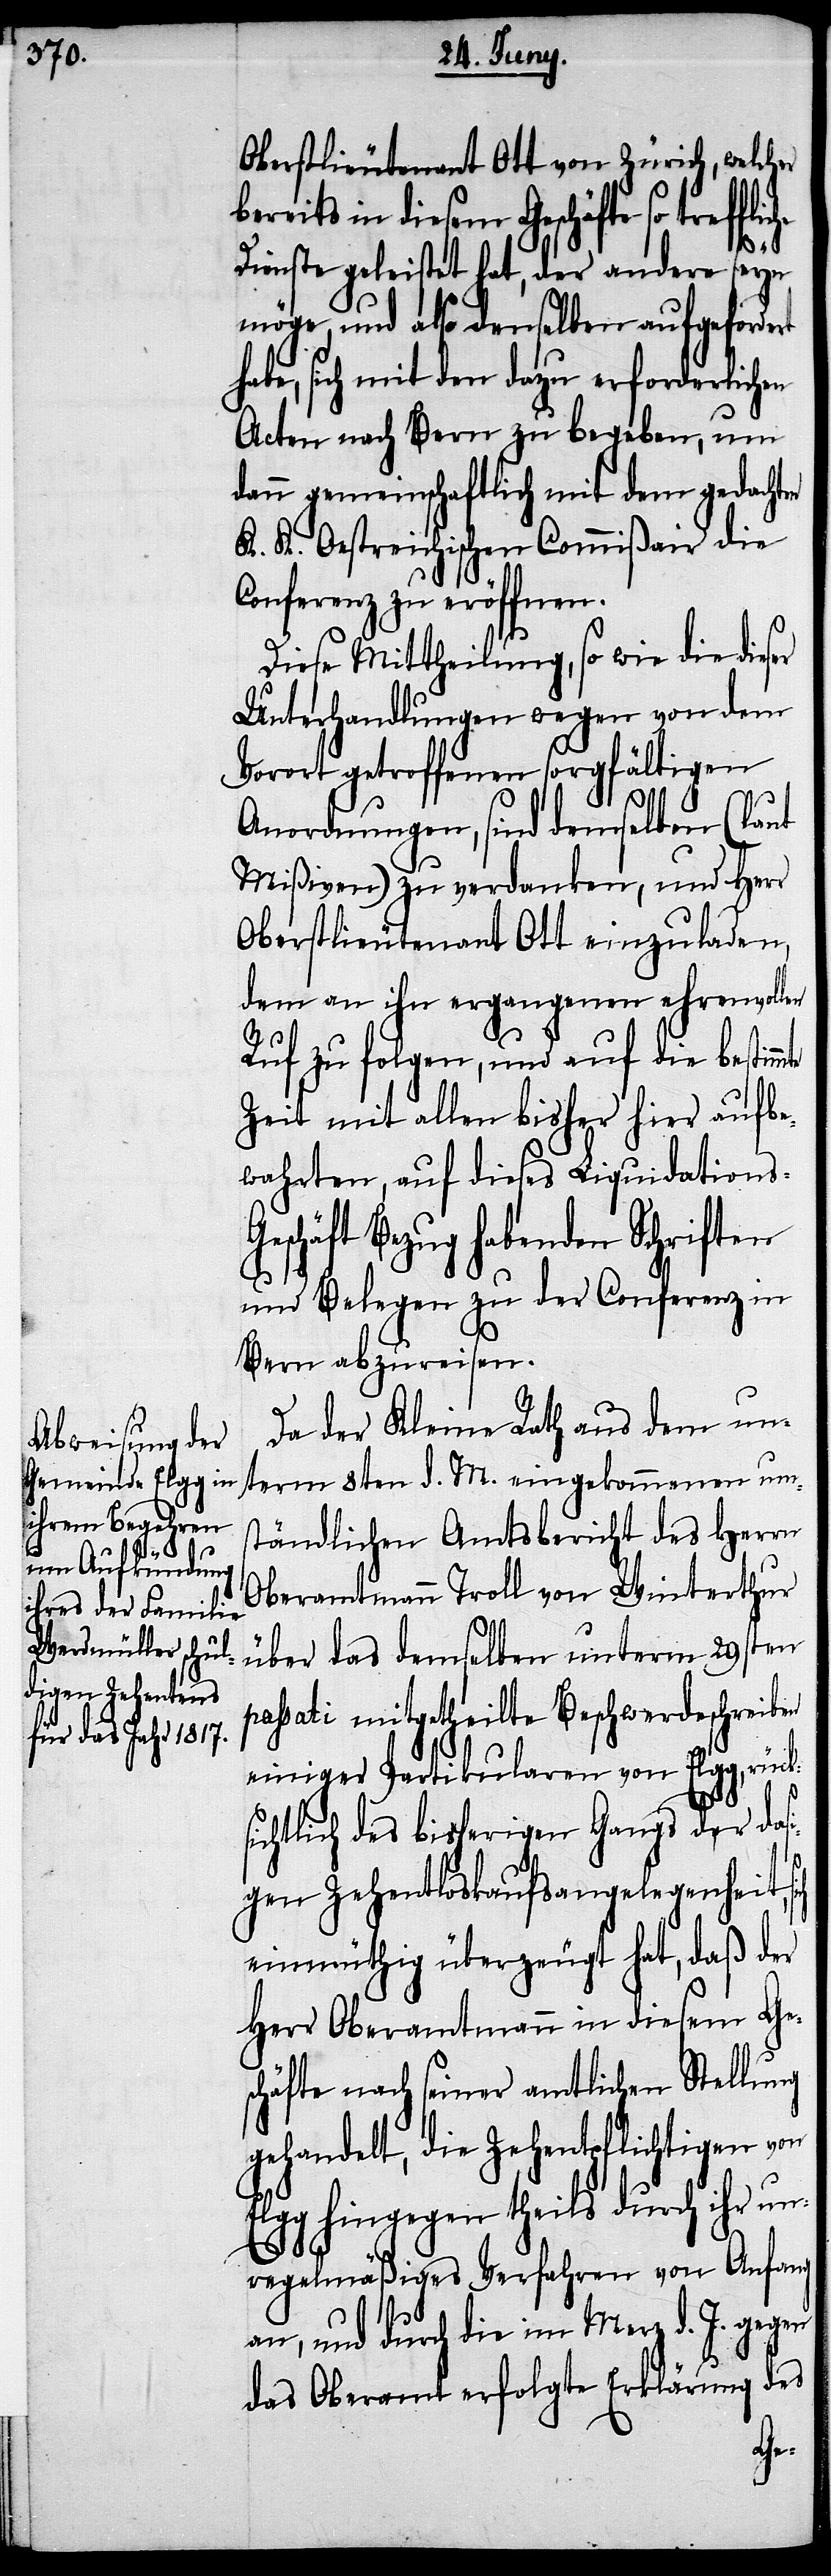
Oberstlieutenant Ott von Zürich, welcher
bereits in diesem Geschäfte so trefflic¬
he
Dienste geleistet hat, der andere seyn
möge, und also denselben aufgefordert
habe, sich mit den dazu erforderlichen
Acten nach Bern zu begeben, um
dann gemeinschaftlich mit dem gedachten
K. K. Oestreichischen Commißair die
Conferenz zu eröffnen.
Diese Mittheilung, so wie die dieser
Unterhandlungen wegen von dem
Vorort getroffenen sorgfältigen
k¬
Anordnungen, sind demselben (lt.
Mißiven) zu verdanken, und Herr
Oberstlieutenant Ott einzuladen,
dem an ihn ergangenen ehrenvollen
Ruf mit allen bisher hier aufbe¬
wahrten, auf dieses Liquidation¬
eschäft Bezug habenden Schriften
und Belegen zu der Conferenz in
Bern abzureisen.
Da der Kleine Rath aus dem un¬
term 8ten d. M. eingekommenen um¬
ständlichen Amtsbericht des Herrn
Oberamtmann Troll von Winterthur
über das demselben unterm 29sten
passati mitgetheilte Beschwerdeschreiben
einiger Partikularen von Elgg, rüc¬
sichtlich des bisherigen Gangs der das¬
igen Zehentloskaufsangelegenheit,
einmüthig überzeugt hat, daß der
Herr Oberamtmann in diesem Ge¬
schäfte nach seiner amtlichen Stellung
gehandelt, die Zehentpflichtigen von
Elgg hingegen theils durch ihr un¬
regelmäßiges Verfahren von Anfang
an, und durch die im Merz d. J. gegen
das Oberamt erfolgte Erklärung des
s-G¬